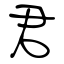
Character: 君